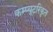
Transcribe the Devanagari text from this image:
कम्प्यूटरिकृत